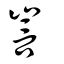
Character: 訔